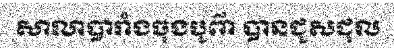
សាលាបារាំងចុងបូព៌ា បានជួសជុល